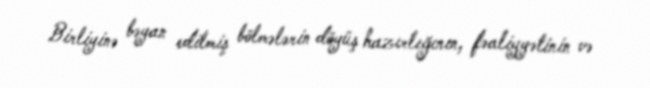
Birliyinə bəyan edilmiş bölmələrin döyüş hazırlığının, fəaliyyətinin və